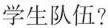
学生队伍?